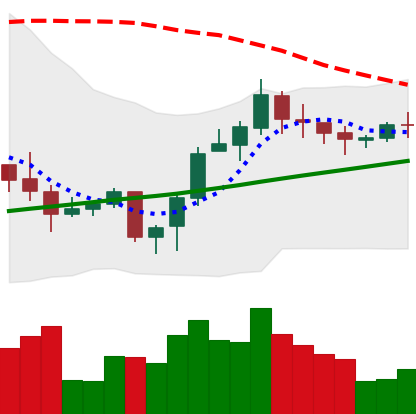
Ticker: LINK-USD
Chart end date: 2020-10-19
Forward return: 16.95%
Label: up_7plus